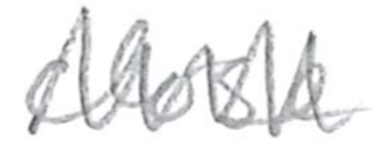
Text: close
Cross-out: zig-zag
Writing tool: pencil